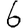
Digit: 6